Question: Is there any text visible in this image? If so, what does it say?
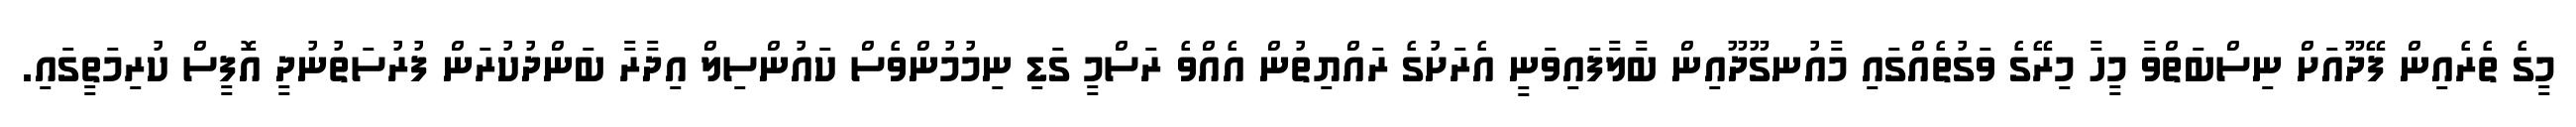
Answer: މީގެ ތެރެއިން ފޭދޫއަށް ނިސްބަތްވާ މީހާ މިރޭގެ ވަގުތެއްގައި މާއުނގޫދޫއިން ބާލާފައިވަނީ އެރަށުގެ ރައްޔިތުން އެއްވެ ރަސްމީ ގަޑި ނިމުމުންވެސް ކައުންސިލް އިދާރާ ބަންދުކުރަން ފުރުސަތުނުދީ އޮފީސް ކުރިމަތީގައި.